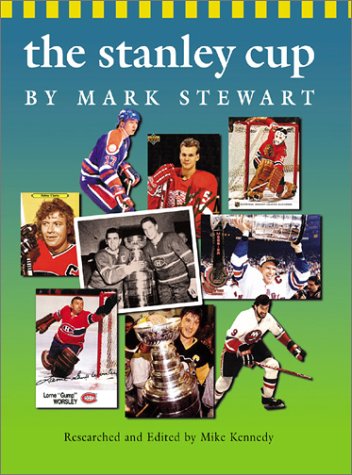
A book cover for The Stanley Cup (Watts History of Sports); Mark Stewart; Children's Books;